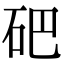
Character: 𥑁